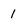
Character: 1